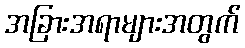
အခြားအရာများအတွက်